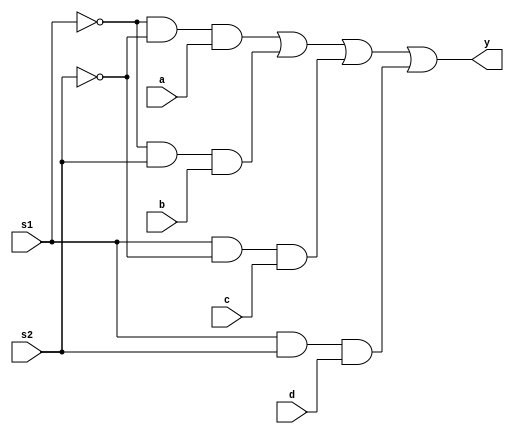
module mux(s1,s2,a,b,c,d,y);
	input s1,s2,a,b,c,d;
	output y;
	assign y = ~s1&~s2&a | ~s1&s2&b | s1&~s2&c | s1&s2&d ;
endmodule
module test;
	reg a, b, c, d, s1, s2;
	wire y;
	mux obj(s1,s2,a,b,c,d,y);
	initial begin
		$dumpfile("mux.vcd");
		$dumpvars( 0, test);
		$display("S1\t S2\t A \t B \t C \t D |  R");
		$monitor("%b \t %b \t %b \t %b \t %b \t %b |  %b",s1,s2,a,b,c,d,y);
		a=0; b=0; c=0; d=0; s1=0; s2=0;
		#5  a=0; b=0; c=0; d=1; s1=0; s2=1;
		#5  a=0; b=0; c=1; d=0; s1=1; s2=0;
		#5  a=0; b=0; c=1; d=1; s1=1; s2=1;
		#5  a=0; b=1; c=0; d=0; s1=0; s2=0;
		#5  a=0; b=1; c=0; d=1; s1=0; s2=1;
		#5  a=0; b=1; c=1; d=0; s1=1; s2=0;
		#5  a=0; b=1; c=1; d=1; s1=1; s2=0;
		#5  a=1; b=0; c=0; d=0; s1=0; s2=1;
		#5  a=1; b=0; c=0; d=1; s1=0; s2=0;
		#5 $finish;
	end
endmodule